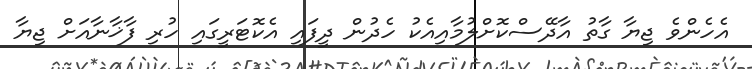
އެހެންވެ ޖިޔާ ގާތު އާދޭސްކޮށްލުމާއިއެކު ހެދުން ދީފައި އެކޮޓަރީގައި ހުރި ފާޚާނާއަށް ޖިޔާ